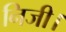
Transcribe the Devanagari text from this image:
निजी।